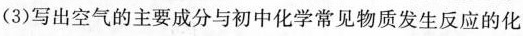
(3)写出空气的主要成分与初中化